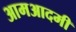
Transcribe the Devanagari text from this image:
आमआदमी